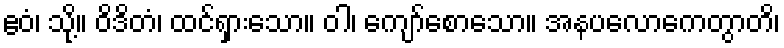
ဧဝံ၊ သို့။ ဝိဒိတံ၊ ထင်ရှားသော။ ဝါ၊ ကျော်စောသော။ အနပလောကေတွာတိ၊